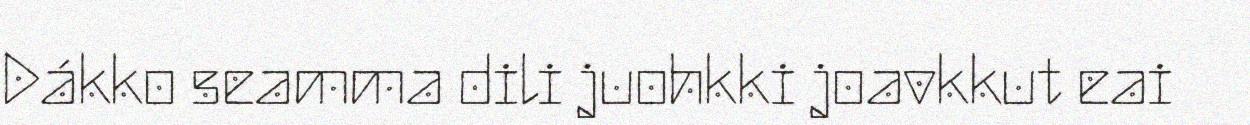
Dákko seamma dili juohkki joavkkut eai